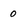
Character: 0